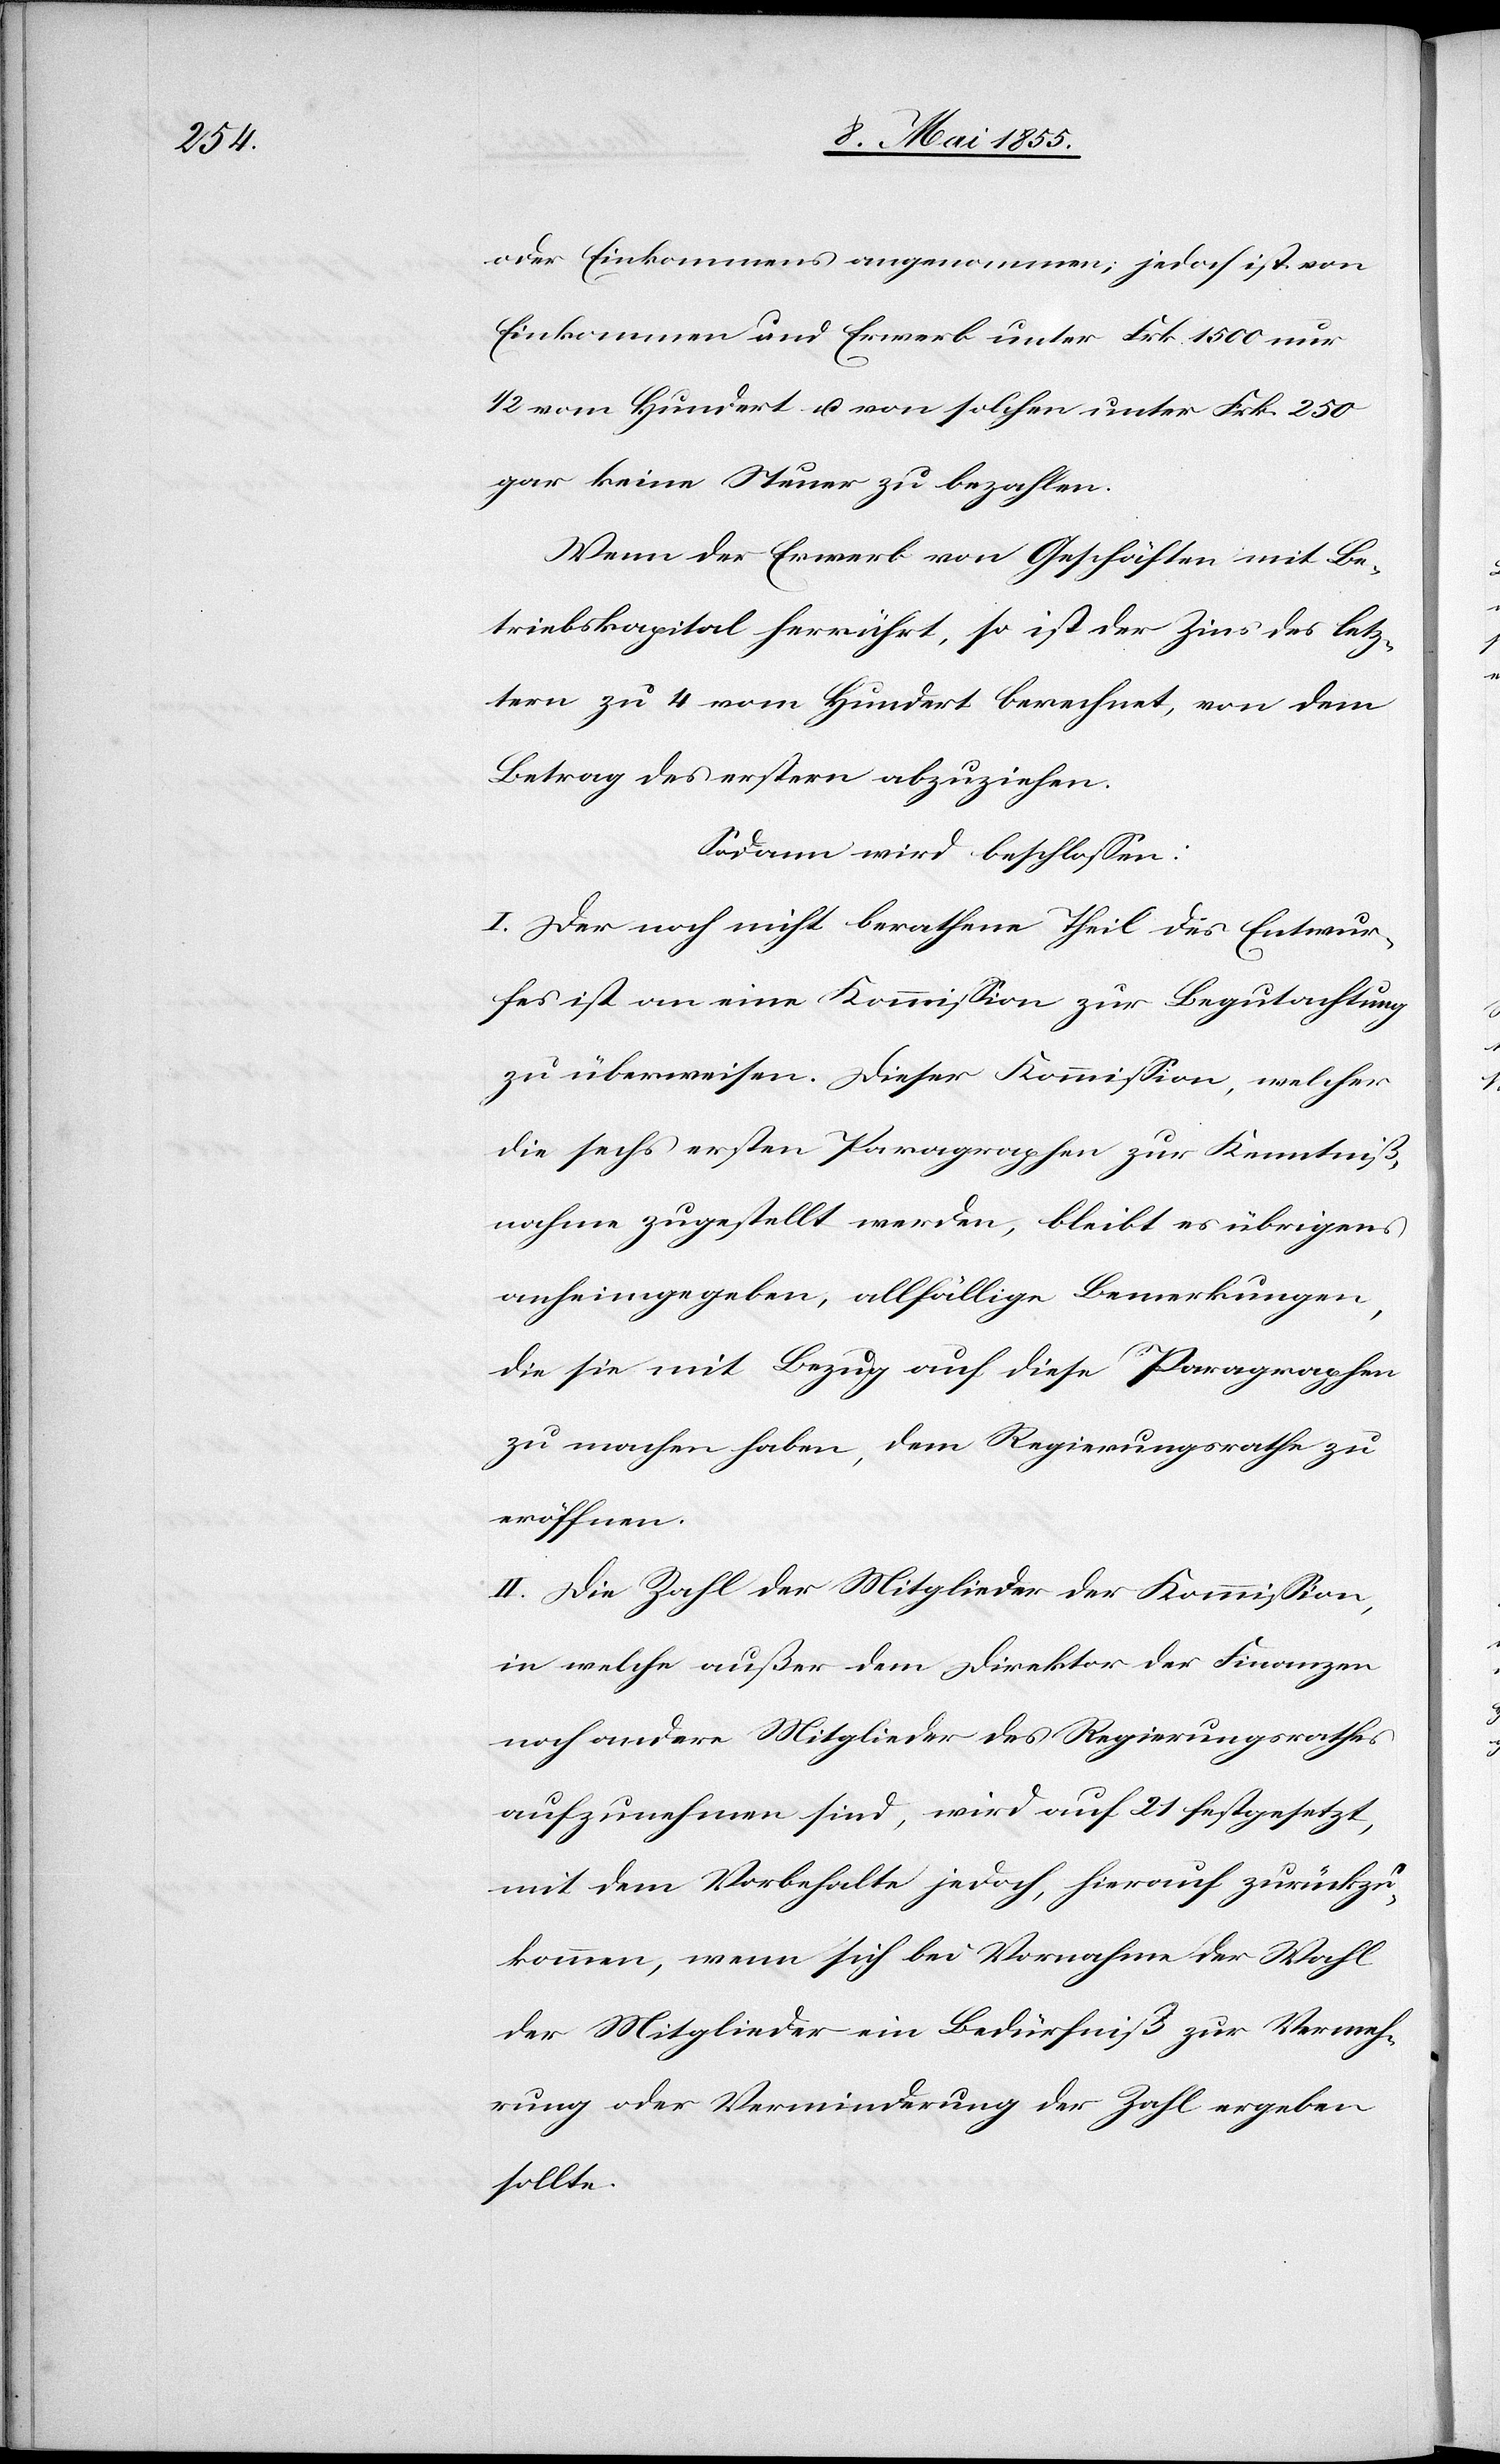
oder Einkommens angenommen; jedoch ist von
Einkommen und Erwerb unter Frk. 1500 nur
1/2 vom Hundert u. von solchen unter Frk. 250
gar keine Steuer zu bezahlen.
Wenn der Erwerb von Geschäften mit Be¬
triebskapital herrührt, so ist der Zins des letz¬
tern zu 4 vom Hundert berechnet, von dem
Betrag des erstern abzuziehen.
Sodann wird beschlossen:
I. Der noch nicht berathene Theil des Entwur¬
fes ist an eine Kommission zur Begutachtung
zu überweisen. Dieser Kommission, welcher
die sechs ersten Paragraphen zur Kenntniß¬
nahme zugestellt werden, bleibt es übrigens
anheimgegeben, allfällige Bemerkungen,
die sie mit Bezug auf diese Paragraphen
zu machen haben, dem Regierungsrathe zu
eröffnen.
II. Die Zahl der Mitglieder der Kommission,
in welche außer dem Direktor der Finanzen
noch andere Mitglieder des Regierungsrathes
aufzunehmen sind, wird auf 21 festgesetzt,
mit dem Vorbehalte jedoch, hierauf zurückzu¬
kommen, wenn sich bei Vornahme der Wahl
der Mitglieder ein Bedürfniß zur Vermeh¬
rung oder Verminderung der Zahl ergeben
sollte.